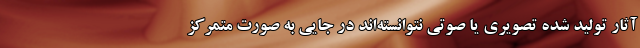
آثار تولید شده تصویری یا صوتی نتوانسته‌اند در جایی به صورت متمرکز